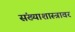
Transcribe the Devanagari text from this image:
संख्याशास्त्रावर